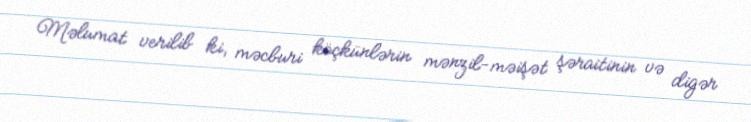
Məlumat verilib ki, məcburi köçkünlərin mənzil-məişət şəraitinin və digər